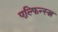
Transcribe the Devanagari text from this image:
एल्फिन्स्त्न